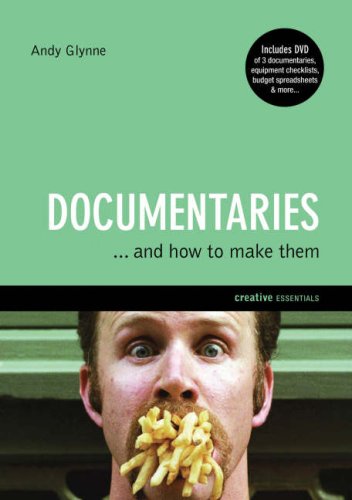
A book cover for Documentaries: And How to Make Them; Andy Glynne; Humor & Entertainment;